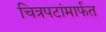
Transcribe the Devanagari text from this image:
चित्रपटांमार्फत